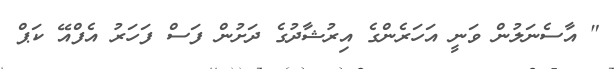
" އާސެނަލުން ވަނީ އަހަރެންގެ އިރުޝާދުގެ ދަށުން ފަސް ފަހަރު އެފްއޭ ކަޕް